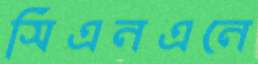
সিএনএনে